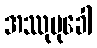
အဿုမုခေါ